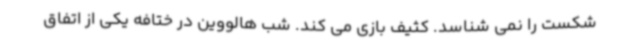
شکست را نمی شناسد. کثیف بازی می کند. شب هالووین در ختافه یکی از اتفاق